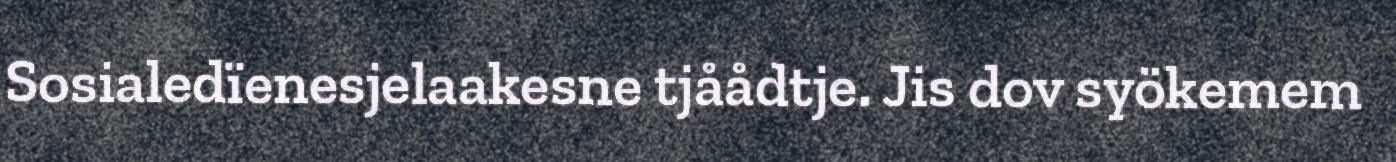
Sosialedïenesjelaakesne tjåådtje. Jis dov syökemem